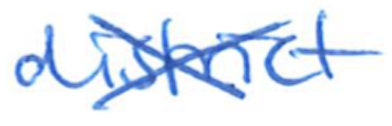
Text: district
Cross-out: cross
Writing tool: ballpoint